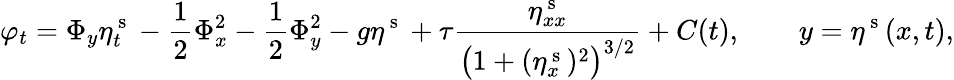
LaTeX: \varphi_{t}=\Phi_{y}\eta_{t}^{\mathrm{~s~}}-\frac{1}{2}\Phi_{x}^{2}-\frac{1}{2}\Phi_{y}^{2}-g\eta^{\mathrm{~s~}}+\tau\frac{\eta_{xx}^{\mathrm{~s~}}}{\big(1+(\eta_{x}^{\mathrm{~s~}})^{2}\big)^{3/2}}+C(t),\qquad y=\eta^{\mathrm{~s~}}(x,t),